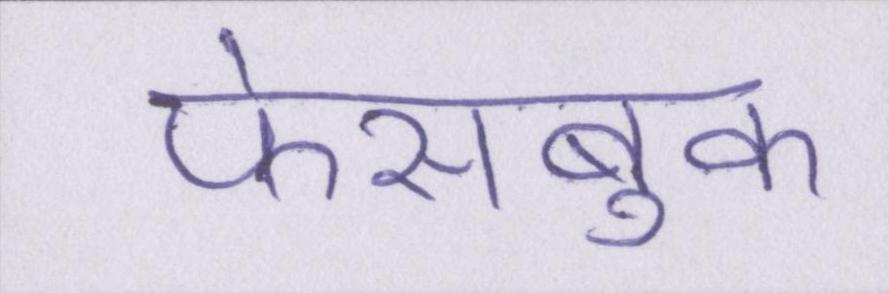
फेसबुक